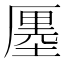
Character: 𠪨